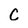
Character: c